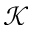
\mathcal { K }